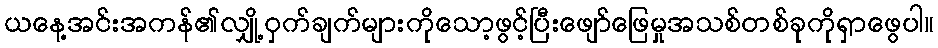
ယနေ့အင်းအကန်၏လျှို့ဝှက်ချက်များကိုသော့ဖွင့်ပြီးဖျော်ဖြေမှုအသစ်တစ်ခုကိုရှာဖွေပါ။